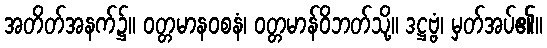
အတိတ်အနက်၌။ ဝတ္တမာနဝစနံ၊ ဝတ္တမာန်ဝိဘတ်သို့။ ဒဋ္ဌဗ္ဗံ၊ မှတ်အပ်၏။